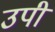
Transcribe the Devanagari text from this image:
उपी